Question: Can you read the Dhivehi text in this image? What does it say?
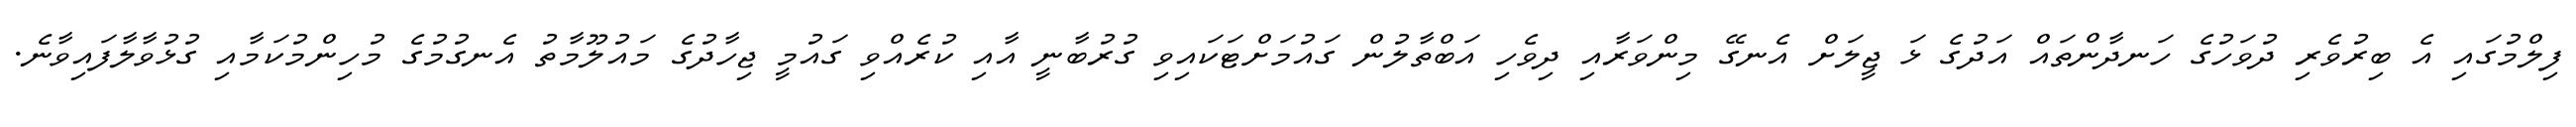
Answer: ފިލްމުގައި އެ ބިރުވެރި ދުވަހުގެ ހަނދާންތައް އަދުގެ ޅަ ޖީލަށް އެނގޭ މިންވަރާއި ދިވެހި އަބްތާލުން ގައުމަށްޓަކައިވި ގުރުބާނީ އާއި ކުރެއްވި ގައުމީ ޖިހާދުގެ މައުލޫމާތު އެނގުމުގެ މުހިންމުކަމާއި ގުޅުވާލާފައިވާނެ.